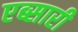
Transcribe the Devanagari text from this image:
एब्सारी